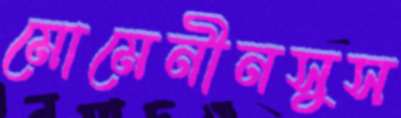
মোমেনীনসুস